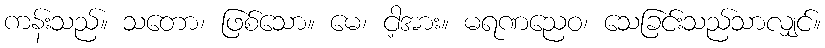
ကန်းသည်။ သတော၊ ဖြစ်သော။ မေ၊ ငါ့အား။ မရဏညေဝ၊ သေခြင်းသည်သာလျှင်။